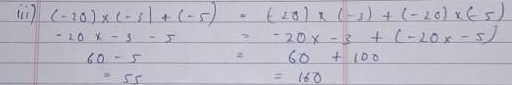
\begin{align*}
\text{(iv)} \quad(-20)\times(-3)+(- 5)&=(-20)\times(-3)+(-20)\times(-5)\\
-20\times - 3-5&=-20\times - 3+(-20\times - 5)\\
60 - 5&=60 + 100\\
55&=160
\end{align*}